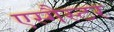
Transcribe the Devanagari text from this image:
एस्गैस्टर